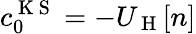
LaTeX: c_{0}^{\mathrm{~K~S~}}=-U_{\mathrm{~H~}}[n]